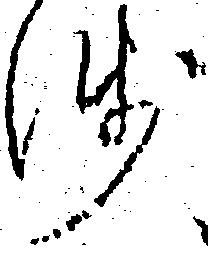
残